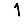
Digit: 1